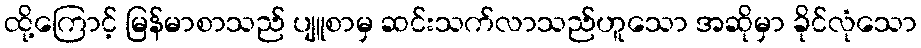
ထို့ကြောင့် မြန်မာစာသည် ပျူစာမှ ဆင်းသက်လာသည်ဟူသော အဆိုမှာ ခိုင်လုံသော